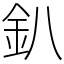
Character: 釟